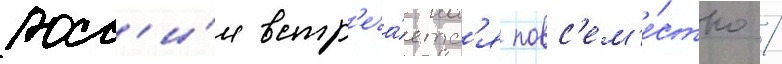
росс'и́и встр'еча́етс'я повс'ем'е́стно /